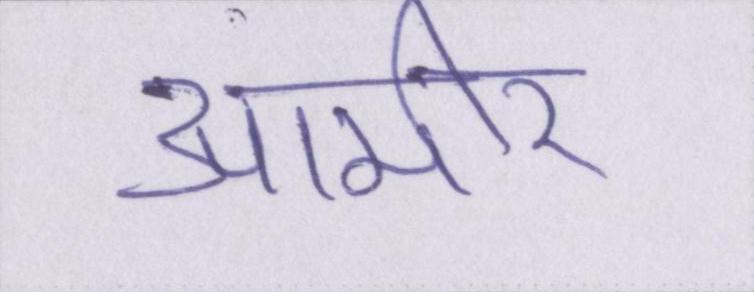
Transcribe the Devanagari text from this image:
आमीर